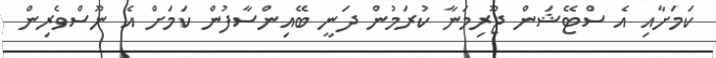
ކަމަށާއި އެ ސްޓޭޝަން ޖޫރިމަނާ ކުރަމުން ދަނީ ބޭއިންސާފުން ކަމަށް އެ ނޫސްވެރިން